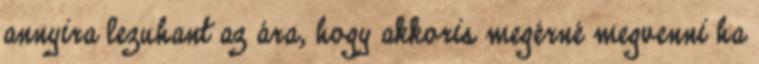
annyira lezuhant az ára, hogy akkoris megérné megvenni ha